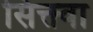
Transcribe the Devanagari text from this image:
सिक्त्वा